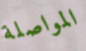
المواصلة